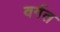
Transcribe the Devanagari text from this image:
वर्गत